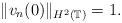
\begin{align*} \|v_n(0)\|_{H^2(\mathbb{T})}=1.\end{align*}